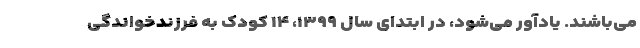
می‌باشند. یادآور می‌شود، در ابتدای سال ۱۳۹۹، ۱۴ کودک به فرزندخواندگی